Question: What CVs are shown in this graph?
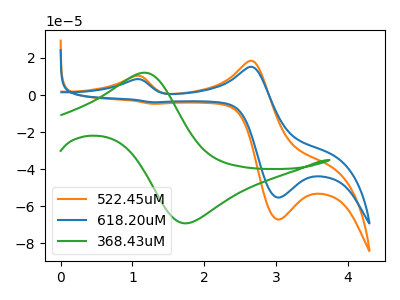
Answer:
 <answer>The orange curve is labeled "522.45uM". The blue curve is labeled "618.20uM". The green curve is labeled "368.43uM".</answer>
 <eval></eval>